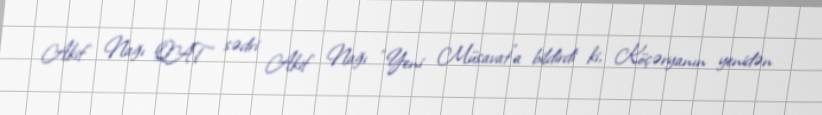
Akif Nağı QAT sədri Akif Nağı “Yeni Müsavat”a bildirdi ki, Köçəryanın yenidən